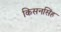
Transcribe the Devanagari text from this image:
किसनसिंह